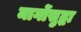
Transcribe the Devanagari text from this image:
मार्गोसुद्धा